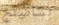
تشانينج